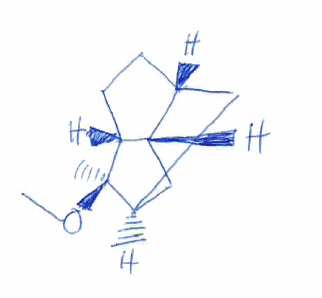
Simplified molecular-input line-entry system (SMILES) notation of the given molecule:
C[C@@]1([C@@H]2CC[C@H]3[C@@H]2C[C@@H]1C3)OC